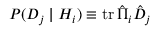
P ( D _ { j } \mid H _ { i } ) \equiv \operatorname { t r } { \hat { \Pi } } _ { i } { \hat { D } } _ { j }